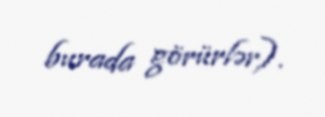
burada görürlər).